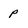
Character: p